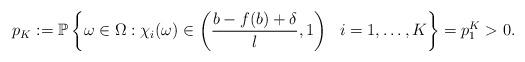
LaTeX: \begin{align*}p_K:=\mathbb P\left\{\omega\in \Omega: \chi_i(\omega)\in \left(\frac{b-f(b)+\delta}{l}, 1\right)~~i=1, \dots, K \right\}=p_1^K>0.\end{align*}